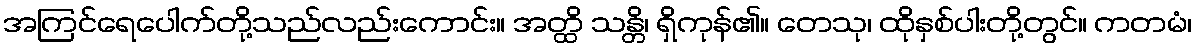
အကြင်ရေပေါက်တို့သည်လည်းကောင်း။ အတ္ထိ သန္တိ၊ ရှိကုန်၏။ တေသု၊ ထိုနှစ်ပါးတို့တွင်။ ကတမံ၊